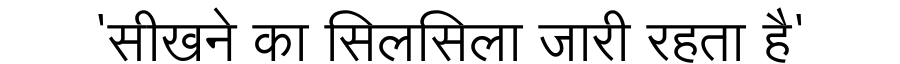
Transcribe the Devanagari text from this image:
'सीखने का सिलसिला जारी रहता है'